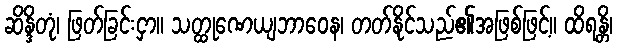
ဆိန္ဒိတုံ၊ ဖြတ်ခြင်းငှာ။ သတ္ထုဏေယျဘာဝေန၊ တတ်နိုင်သည်၏အဖြစ်ဖြင့်။ ထိရန္တိ၊